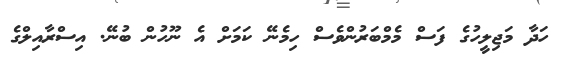
ހަދާ މަޖިލީހުގެ ފަސް މެމްބަރުންވެސް ހިމެނޭ ކަމަށް އެ ނޫހުން ބުނޭ. އިސްރާއިލްގެ